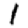
Digit: 1